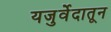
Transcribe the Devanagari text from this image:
यजुर्वेदातून